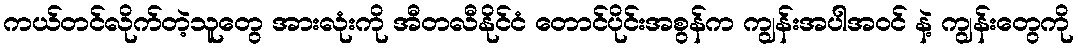
ကယ်တင်လိုက်တဲ့သူတွေ အားလုံးကို အီတလီနိုင်ငံ တောင်ပိုင်းအစွန်က ကျွန်းအပါအဝင် နဲ့ ကျွန်းတွေကို